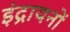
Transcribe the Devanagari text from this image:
इंद्रायनों